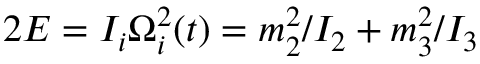
2 E = I _ { i } \Omega _ { i } ^ { 2 } ( t ) = m _ { 2 } ^ { 2 } / I _ { 2 } + m _ { 3 } ^ { 2 } / I _ { 3 }